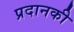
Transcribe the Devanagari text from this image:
प्रदानकी